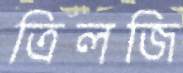
ত্রিলজি